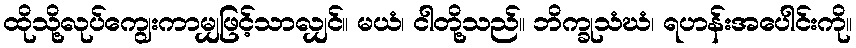
ထိုသို့လုပ်ကျွေးကာမျှဖြင့်သာလျှင်။ မယံ၊ ငါတို့သည်။ ဘိက္ခုသံဃံ၊ ရဟန်းအပေါင်းကို။